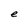
Character: e